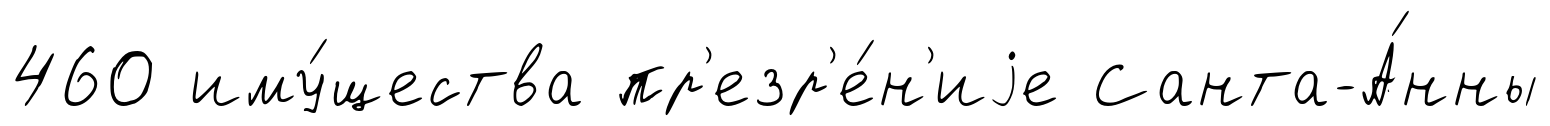
460 иму́щества пр'езр'е́н'иjе Санта-А́нны